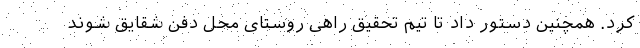
کرد. همچنین دستور داد تا تیم تحقیق راهی روستای محل دفن شقایق شوند